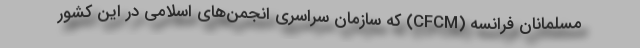
مسلمانان فرانسه (CFCM) که سازمان سراسری انجمن‌های اسلامی در این کشور